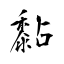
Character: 黏